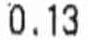
0.13